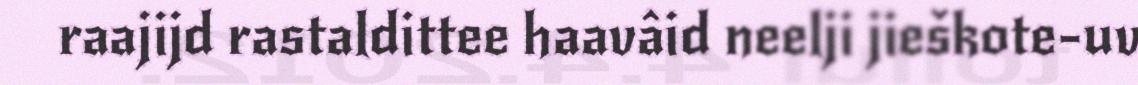
raajijd rastaldittee haavâid neelji jieškote-uv